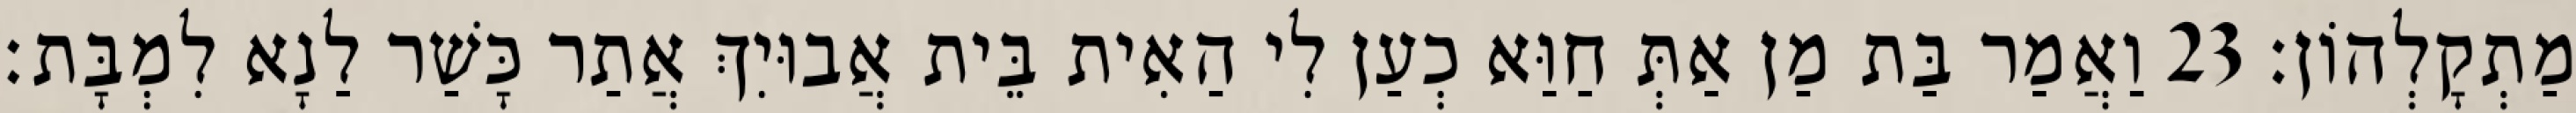
מַתְקָלְהוֹן׃ 23 וַאֲמַר בַּת מַן אַתְּ חַוַּא כְעַן לִי הַאִית בֵּית אֲבוּיִךְ אֲתַר כָּשַׁר לַנָא לִמְבָּת׃